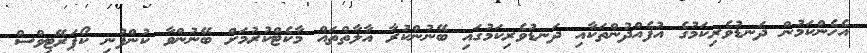
އެހެންކަމުން ދަނޑުވެރިކަމުގެ އުފެއްދުންތަކާއި ދަނޑުވެރިކަމުގައި ބޭނުންކުރާ އާލާތްތައް މާކެޓްކުރުމަށް ބޭނުންވާ ކުންފުނި ކޯޕަރޭޓިވްސް